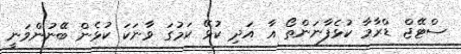
ސްޓޭޖް ޑްރާމާ ކުޅެފާނަންތޯ އާ އަދި ކުޅޭ ކަމުގަ ވާނަކަ ކުޅެން ބޭނުންވަނީ